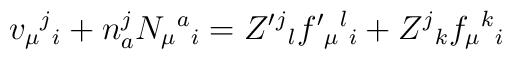
v_{\mu }{}^{j}{}_{i} + n^{j}_{a} N_{\mu }{}^{a}{}_{i} =Z'{}^{j}{}_{l} f'{}_{\mu }{}^{l}{}_{i} + Z^{j}{}_{k} f_{\mu }{}^{k}{}_{i}